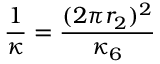
\frac { 1 } { \kappa } = \frac { ( 2 \pi r _ { 2 } ) ^ { 2 } } { \kappa _ { 6 } }